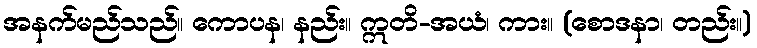
အနက်မည်သည်။ ကောပန၊ နည်း။ ဣတိ-အယံ၊ ကား။ (စောဒနာ၊ တည်း။)